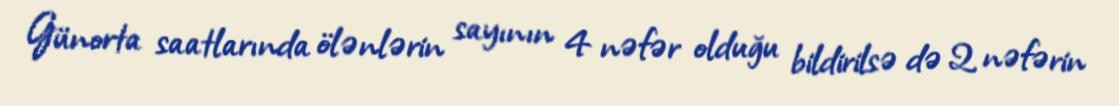
Günorta saatlarında ölənlərin sayının 4 nəfər olduğu bildirilsə də 2 nəfərin